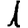
Digit: 1